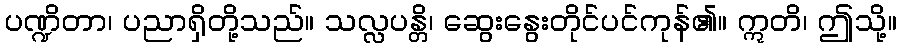
ပဏ္ဍိတာ၊ ပညာရှိတို့သည်။ သလ္လပန္တိ၊ ဆွေးနွေးတိုင်ပင်ကုန်၏။ ဣတိ၊ ဤသို့။